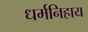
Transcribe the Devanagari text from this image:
धर्मनिहाय